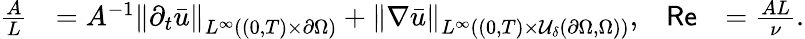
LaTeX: \begin{array}{rlrl}{\frac AL}&{=A^{-1}\left\lVert\partial_{t}\bar{u}\right\rVert_{L^{\infty}((0,T)\times\partial\Omega)}+\left\lVert\nabla\bar{u}\right\rVert_{L^{\infty}((0,T)\times\mathcal U_{\delta}(\partial\Omega,\Omega))},}&{\mathsf{Re}}&{=\frac{AL}{\nu}.}\end{array}